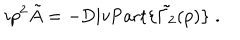
i p ^ { 2 } \tilde { A } = - \mathrm { D i v P a r t } \{ \tilde { \Gamma _ { 2 } } ( p ) \} \; .